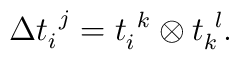
\Delta t_{i}^{~j}=t_{i}^{~k}\otimes t_{k}^{~l}.